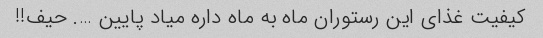
کیفیت غذاى این رستوران ماه به ماه داره میاد پایین …. حیف!!